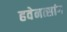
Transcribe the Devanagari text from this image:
हवेनत्सांग